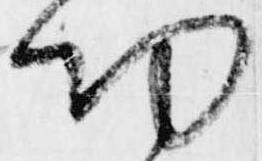
功